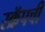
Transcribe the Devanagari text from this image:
स्क्रॅपची